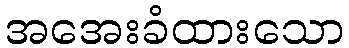
အအေးခံထားသော